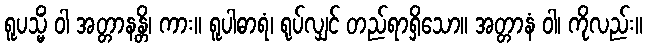
ရူပသ္မိံ ဝါ အတ္တာနန္တိ၊ ကား။ ရူပါဓာရံ၊ ရုပ်လျှင် တည်ရာရှိသော။ အတ္တာနံ ဝါ၊ ကိုလည်း။